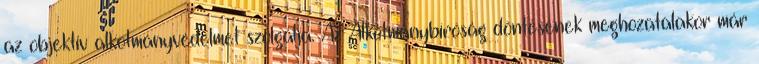
az objektív alkotmányvédelmet szolgálja. Az Alkotmánybíróság döntésének meghozatalakor már